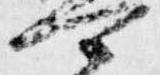
可